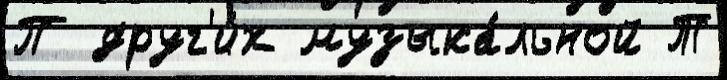
П друг'и́х музыка́льной Т